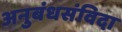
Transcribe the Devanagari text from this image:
अनुबंधसंविदा